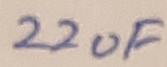
Text: 22uF